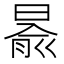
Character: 𣈯